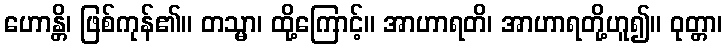
ဟောန္တိ၊ ဖြစ်ကုန်၏။ တသ္မာ၊ ထို့ကြောင့်။ အာဟာရတိ၊ အာဟာရတို့ဟူ၍။ ဝုတ္တာ၊